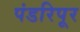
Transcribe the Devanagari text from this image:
पंडरिपूर